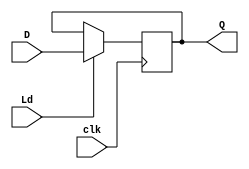
module Register (
    output reg [31:0] Q, 
    input [31:0] D, 
    input clk, Ld
);

    always @ (posedge clk)
        if (Ld) Q <= D;

endmodule